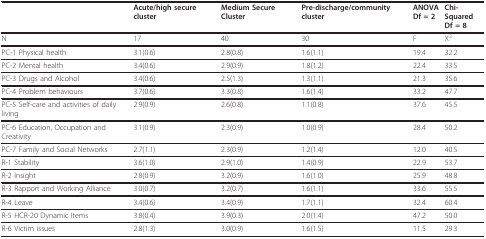
|  | Acute/high secure cluster | Medium Secure Cluster | Pre-discharge/community cluster | ANOVADf = 2 | Chi-SquaredDf = 8 |
 | --- | --- | --- | --- | --- | --- |
 | N | 17 | 40 | 30 | F | X2 |
 | PC-1 Physical health | 3.1(0.6) | 2.8(0.8) | 1.6(1.1) | 19.4 | 32.2 |
 | PC-2 Mental health | 3.4(0.6) | 2.9(0.9) | 1.8(1.2) | 22.4 | 33.5 |
 | PC-3 Drugs and Alcohol | 3.4(0.6) | 2.5(1.3) | 1.3(1.1) | 21.3 | 35.6 |
 | PC-4 Problem behaviours | 3.7(0.6) | 3.3(0.8) | 1.6(1.4) | 33.2 | 47.7 |
 | PC-5 Self-care and activities of daily living | 2.9(0.9) | 2.6(0.8) | 1.1(0.8) | 37.6 | 45.5 |
 | PC-6 Education, Occupation and Creativity | 3.1(0.9) | 2.3(0.9) | 1.0(0.9) | 28.4 | 50.2 |
 | PC-7 Family and Social Networks | 2.7(1.1) | 2.3(0.9) | 1.2(1.4) | 12.0 | 40.5 |
 | R-1 Stability | 3.6(1.0) | 2.9(1.0) | 1.4(0.9) | 22.9 | 53.7 |
 | R-2 Insight | 2.8(0.9) | 3.2(0.9) | 1.6(1.0) | 25.9 | 48.8 |
 | R-3 Rapport and Working Alliance | 3.0(0.7) | 3.2(0.7) | 1.6(1.1) | 33.6 | 55.5 |
 | R-4 Leave | 3.4(0.6) | 3.4(0.9) | 1.7(1.1) | 32.4 | 60.4 |
 | R-5 HCR-20 Dynamic Items | 3.8(0.4) | 3.9(0.3) | 2.0(1.4) | 47.2 | 50.0 |
 | R-6 Victim issues | 2.8(1.3) | 3.0(0.9) | 1.6(1.5) | 11.5 | 29.3 |